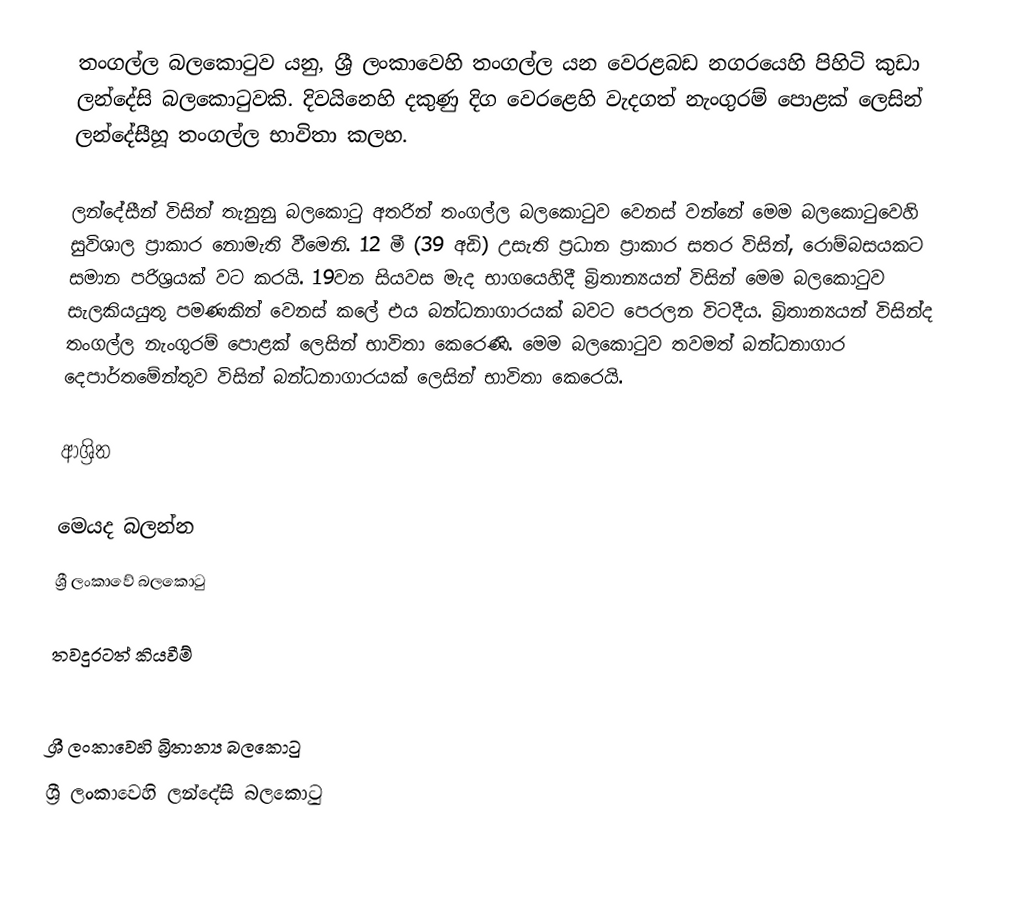
තංගල්ල බලකොටුව යනු, ශ්‍රී ලංකාවෙහි තංගල්ල යන වෙරළබඩ නගරයෙහි පිහිටි  කුඩා ලන්දේසි බලකොටුවකි. දිවයිනෙහි දකුණු දිග වෙරළෙහි වැදගත් නැංගුරම් පොළක් ලෙසින්  ලන්දේසීහූ තංගල්ල භාවිතා කලහ.

ලන්දේසීන් විසින් තැනුනු බලකොටු අතරින් තංගල්ල බලකොටුව වෙනස් වන්නේ මෙම බලකොටුවෙහි සුවිශාල ප්‍රාකාර නොමැති වීමෙනි. 12 මී (39 අඩි) උසැති ප්‍රධාන ප්‍රාකාර සතර විසින්, රොම්බසයකට සමාන පරිශ්‍රයක් වට කරයි. 19වන සියවස මැද භාගයෙහිදී බ්‍රිතාන්‍යයන් විසින් මෙම බලකොටුව සැලකියයුතු පමණකින් වෙනස් කලේ එය  බන්ධනාගාරයක් බවට පෙරලන විටදීය. බ්‍රිතාන්‍යයන් විසින්ද තංගල්ල නැංගුරම් පොළක් ලෙසින් භාවිතා කෙරෙණි. මෙම බලකොටුව තවමත්  බන්ධනාගාර දෙපාර්තමේන්තුව විසින් බන්ධනාගාරයක් ලෙසින් භාවිතා කෙරෙයි.

ආශ්‍රිත

මෙයද බලන්න
 ශ්‍රී ලංකාවේ බලකොටු

තවදුරටත් කියවීම්

ශ්‍රී ලංකාවෙහි බ්‍රිතාන්‍ය බලකොටු
ශ්‍රී ලංකාවෙහි ලන්දේසි බලකොටු